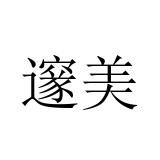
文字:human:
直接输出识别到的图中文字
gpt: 邃美